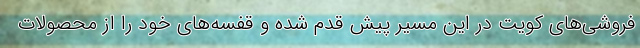
فروشی‌های کویت در این مسیر پیش قدم شده و قفسه‌های خود را از محصولات